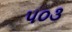
૫૦૩